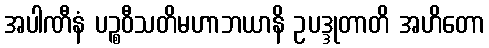
အပါဏီနံ ပဉ္စဝီသတိမဟာဘယာနိ ဥပဒ္ဒုတာတိ အဟိတော